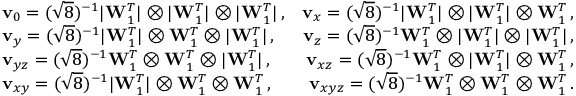
\begin{array} { r l r } & { \mathbf v _ { 0 } = ( \sqrt 8 ) ^ { - 1 } | \mathbf W _ { 1 } ^ { T } | \otimes | \mathbf W _ { 1 } ^ { T } | \otimes | \mathbf W _ { 1 } ^ { T } | \, , } & { \mathbf v _ { x } = ( \sqrt 8 ) ^ { - 1 } | \mathbf W _ { 1 } ^ { T } | \otimes | \mathbf W _ { 1 } ^ { T } | \otimes \mathbf W _ { 1 } ^ { T } \, , } \\ & { \mathbf v _ { y } = ( \sqrt 8 ) ^ { - 1 } | \mathbf W _ { 1 } ^ { T } | \otimes \mathbf W _ { 1 } ^ { T } \otimes | \mathbf W _ { 1 } ^ { T } | \, , } & { \mathbf v _ { z } = ( \sqrt 8 ) ^ { - 1 } \mathbf W _ { 1 } ^ { T } \otimes | \mathbf W _ { 1 } ^ { T } | \otimes | \mathbf W _ { 1 } ^ { T } | \, , } \\ & { \mathbf v _ { y z } = ( \sqrt 8 ) ^ { - 1 } \mathbf W _ { 1 } ^ { T } \otimes \mathbf W _ { 1 } ^ { T } \otimes | \mathbf W _ { 1 } ^ { T } | \, , } & { \mathbf v _ { x z } = ( \sqrt 8 ) ^ { - 1 } \mathbf W _ { 1 } ^ { T } \otimes | \mathbf W _ { 1 } ^ { T } | \otimes \mathbf W _ { 1 } ^ { T } \, , } \\ & { \mathbf v _ { x y } = ( \sqrt 8 ) ^ { - 1 } | \mathbf W _ { 1 } ^ { T } | \otimes \mathbf W _ { 1 } ^ { T } \otimes \mathbf W _ { 1 } ^ { T } \, , } & { \mathbf v _ { x y z } = ( \sqrt 8 ) ^ { - 1 } \mathbf W _ { 1 } ^ { T } \otimes \mathbf W _ { 1 } ^ { T } \otimes \mathbf W _ { 1 } ^ { T } \, . } \end{array}